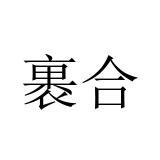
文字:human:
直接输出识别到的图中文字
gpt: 裹合